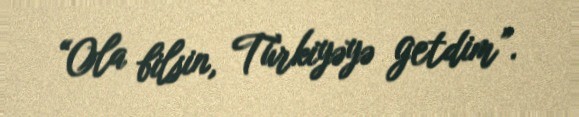
“Ola bilsin, Türkiyəyə getdim”.